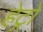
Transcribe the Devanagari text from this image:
हेट्रो